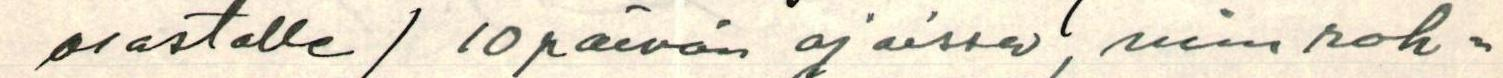
osastolle / 10 päivän ajoissa, niin roh-